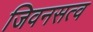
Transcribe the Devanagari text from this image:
जिवनसत्व